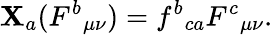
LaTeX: \mathbf{X}_{a}(F^{b}{}_{\mu\nu})=f^{b}{}_{ca}F^{c}{}_{\mu\nu}.